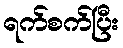
ရက်စက်ပြီး